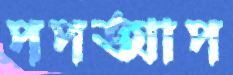
পপআপ